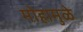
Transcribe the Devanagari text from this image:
मोहामुळे